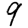
Digit: 9